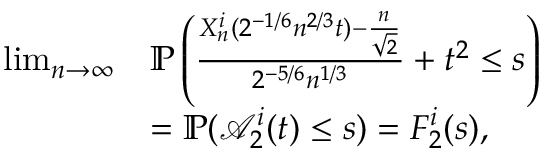
\begin{array} { r l } { \operatorname* { l i m } _ { n \to \infty } } & { \mathbb { P } \left( \frac { X _ { n } ^ { i } ( 2 ^ { - 1 / 6 } n ^ { 2 / 3 } t ) - \frac { n } { \sqrt { 2 } } } { 2 ^ { - 5 / 6 } n ^ { 1 / 3 } } + t ^ { 2 } \leq s \right) } \\ & { = \mathbb { P } ( \mathcal { A } _ { 2 } ^ { i } ( t ) \leq s ) = F _ { 2 } ^ { i } ( s ) , } \end{array}